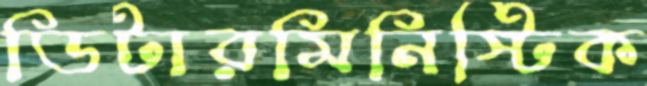
ডিটারমিনিস্টিক